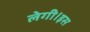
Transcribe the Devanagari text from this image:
लेगी।इस